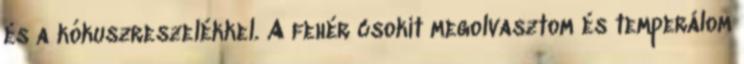
és a kókuszreszelékkel. A fehér csokit megolvasztom és temperálom